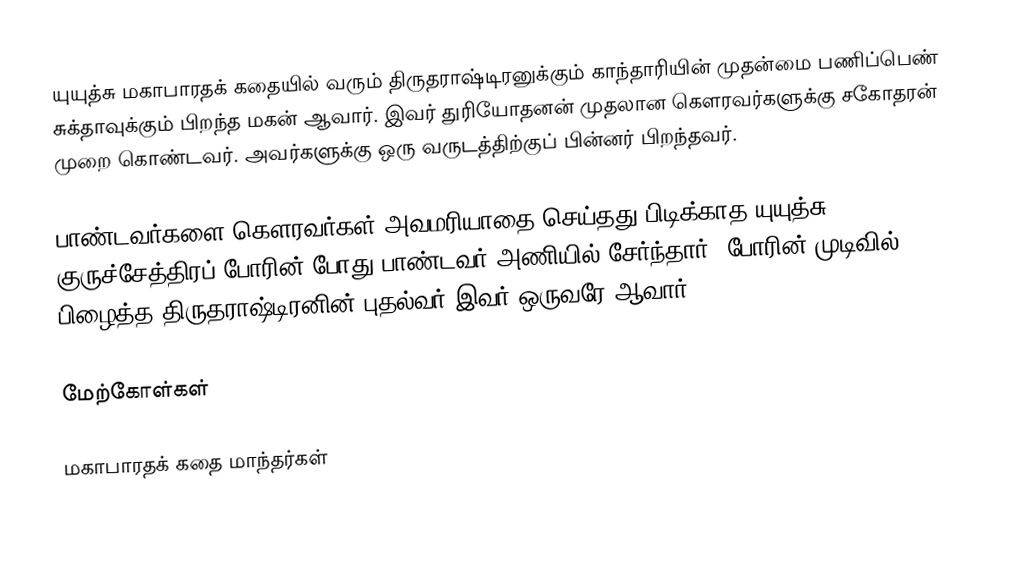
யுயுத்சு மகாபாரதக் கதையில் வரும் திருதராஷ்டிரனுக்கும் காந்தாரியின் முதன்மை பணிப்பெண் சுக்தாவுக்கும் பிறந்த மகன் ஆவார். இவர் துரியோதனன் முதலான கௌரவர்களுக்கு சகோதரன் முறை கொண்டவர். அவர்களுக்கு ஒரு வருடத்திற்குப் பின்னர் பிறந்தவர்.

பாண்டவர்களை கௌரவர்கள் அவமரியாதை செய்தது பிடிக்காத யுயுத்சு குருச்சேத்திரப் போரின் போது பாண்டவர் அணியில் சேர்ந்தார். போரின் முடிவில் பிழைத்த திருதராஷ்டிரனின் புதல்வர் இவர் ஒருவரே ஆவார்.

மேற்கோள்கள்

மகாபாரதக் கதை மாந்தர்கள்